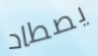
يصطاد